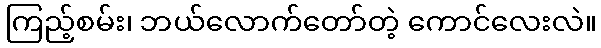
ကြည့်စမ်း၊ ဘယ်လောက်တော်တဲ့ ကောင်လေးလဲ။